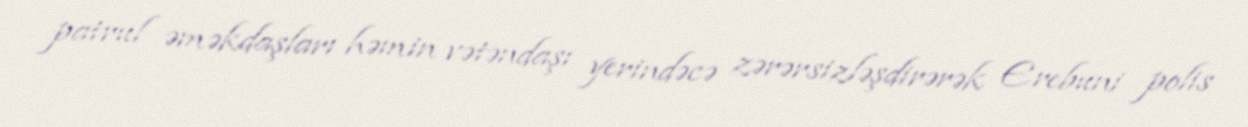
patrul əməkdaşları həmin vətəndaşı yerindəcə zərərsizləşdirərək Erebuni polis